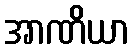
အာဏိယာ